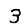
Digit: 3